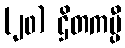
(၂၀) ဌိတကပ္ပီ